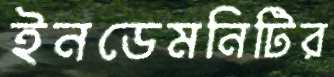
ইনডেমনিটির